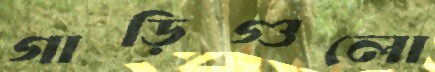
গাড়িগুলো